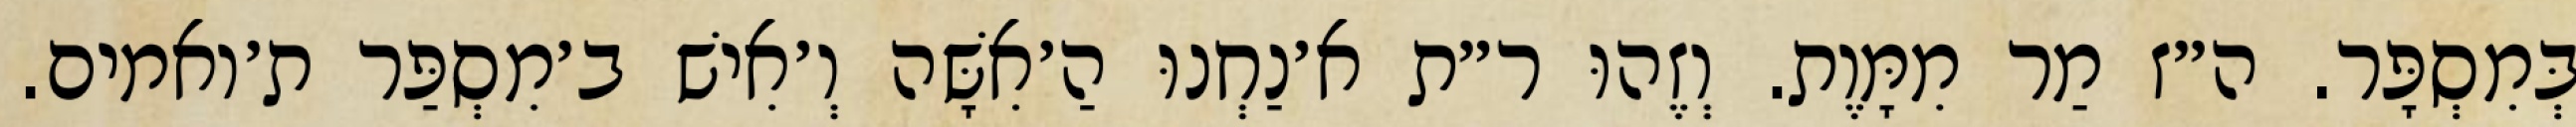
בְּמִסְפָּר. ה״ז מַר מִמָּוֶת. וְזֶהוּ ר״ת א׳נַחְנוּ הַ׳אִשָּׁה וְ׳אִישׁ ב׳מִסְפַּר ת׳ואמים.